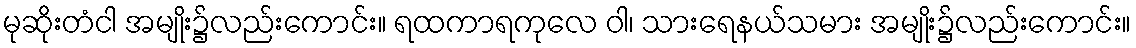
မုဆိုးတံငါ အမျိုး၌လည်းကောင်း။ ရထကာရကုလေ ဝါ၊ သားရေနယ်သမား အမျိုး၌လည်းကောင်း။